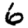
Digit: 6